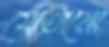
মোতানো